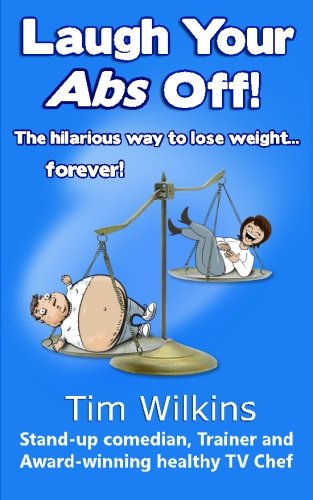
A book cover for Laugh Your Abs Off!: The hilarious way to lose weight...forever!; Tim Wilkins; Health, Fitness & Dieting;